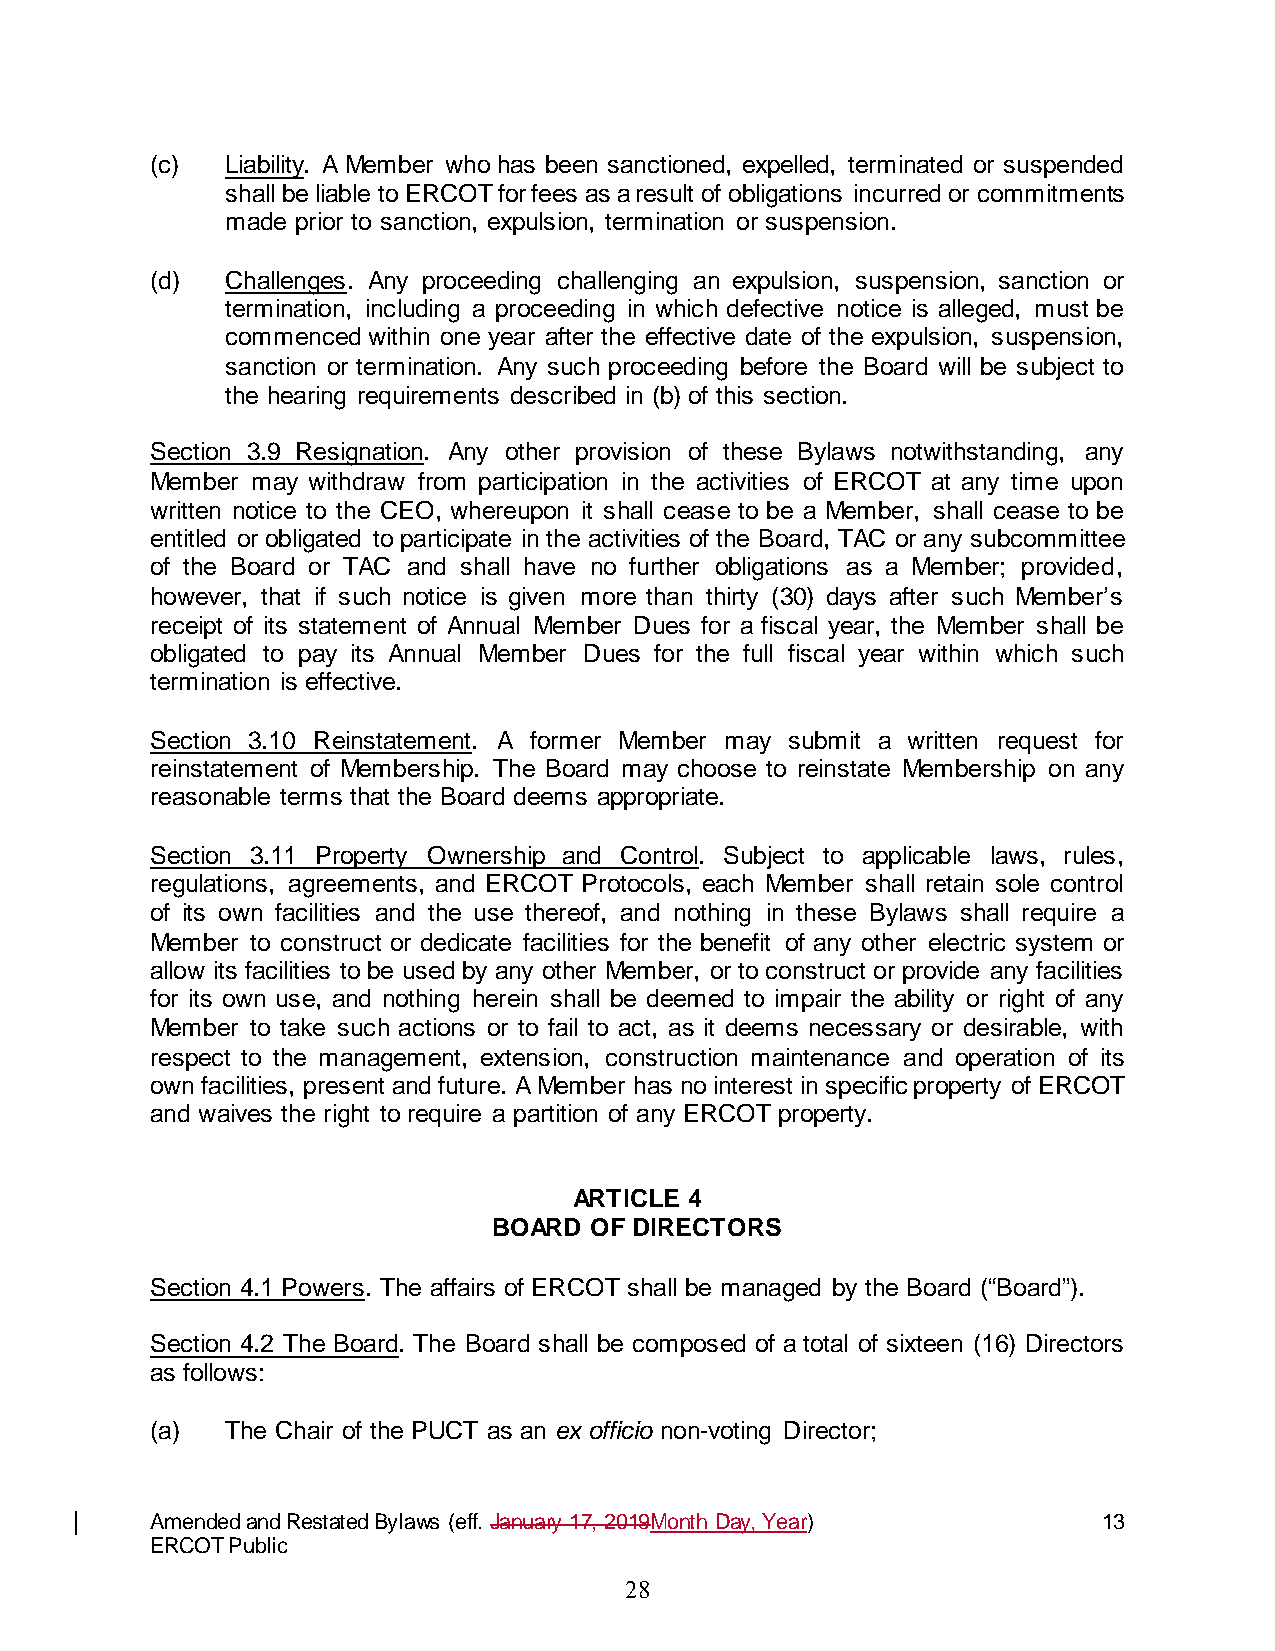
(c)  Liability. A Member who has been sanctioned, expelled, terminated or suspended
 shall be liable to ERCOT for fees as a result of obligations incurred or commitments
 made prior to sanction, expulsion, termination or suspension.
 (d)  Challenges. Any proceeding challenging an expulsion, suspension, sanction or
 termination, including a proceeding in which defective notice is alleged, must be
 commenced within one year after the effective date of the expulsion, suspension,
 sanction or termination. Any such proceeding before the Board will be subject to
 the hearing requirements described in (b) of this section.
 Section 3.9 Resignation. Any other provision of these Bylaws notwithstanding, any
 Member may withdraw from participation in the activities of ERCOT at any time upon
 written notice to the CEO, whereupon it shall cease to be a Member, shall cease to be
 entitled or obligated to participate in the activities of the Board, TAC or any subcommittee
 of the Board or TAC and shall have no further obligations as a Member; provided,
 however, that if such notice is given more than thirty (30) days after such Member’s
 receipt of its statement of Annual Member Dues for a fiscal year, the Member shall be
 obligated to pay its Annual Member Dues for the full fiscal year within which such
 termination is effective.
 Section 3.10 Reinstatement. A former Member may submit a written request for
 reinstatement of Membership. The Board may choose to reinstate Membership on any
 reasonable terms that the Board deems appropriate.
 Section 3.11 Property Ownership and Control. Subject to applicable laws, rules,
 regulations, agreements, and ERCOT Protocols, each Member shall retain sole control
 of its own facilities and the use thereof, and nothing in these Bylaws shall require a
 Member to construct or dedicate facilities for the benefit of any other electric system or
 allow its facilities to be used by any other Member, or to construct or provide any facilities
 for its own use, and nothing herein shall be deemed to impair the ability or right of any
 Member to take such actions or to fail to act, as it deems necessary or desirable, with
 respect to the management, extension, construction maintenance and operation of its
 own facilities, present and future. A Member has no interest in specific property of ERCOT
 and waives the right to require a partition of any ERCOT property.
 ARTICLE 4
 BOARD OF DIRECTORS
 Section 4.1 Powers. The affairs of ERCOT shall be managed by the Board (“Board”).
 Section 4.2 The Board. The Board shall be composed of a total of sixteen (16) Directors
 as follows:
 (a)  The Chair of the PUCT as an ex officio non-voting Director;
 Amended and Restated Bylaws (eff. January 17, 2019Month Day, Year) 13
 ERCOT Public
 28